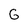
Character: G